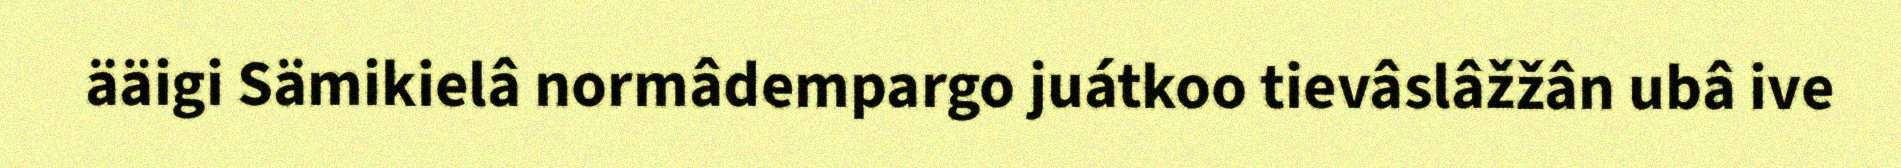
ääigi Sämikielâ normâdempargo juátkoo tievâslâžžân ubâ ive